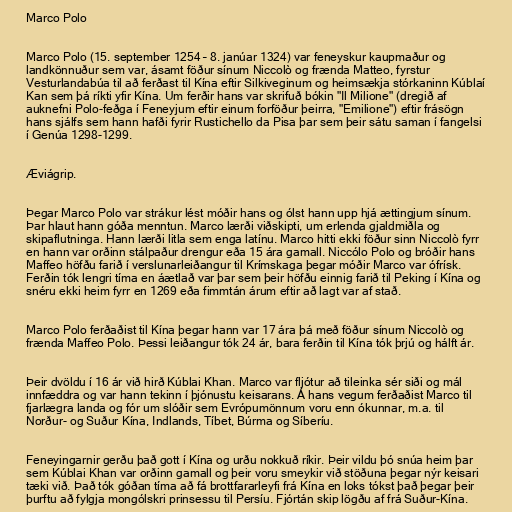
Marco Polo

Marco Polo (15. september 1254 – 8. janúar 1324) var feneyskur kaupmaður og
landkönnuður sem var, ásamt föður sínum Niccolò og frænda Matteo, fyrstur
Vesturlandabúa til að ferðast til Kína eftir Silkiveginum og heimsækja stórkaninn Kúblaí
Kan sem þá ríkti yfir Kína. Um ferðir hans var skrifuð bókin "Il Milione" (dregið af
auknefni Polo-feðga í Feneyjum eftir einum forföður þeirra, "Emilione") eftir frásögn
hans sjálfs sem hann hafði fyrir Rustichello da Pisa þar sem þeir sátu saman í fangelsi
í Genúa 1298-1299.

Æviágrip.

Þegar Marco Polo var strákur lést móðir hans og ólst hann upp hjá ættingjum sínum.
Þar hlaut hann góða menntun. Marco lærði viðskipti, um erlenda gjaldmiðla og
skipaflutninga. Hann lærði litla sem enga latínu. Marco hitti ekki föður sinn Niccolò fyrr
en hann var orðinn stálpaður drengur eða 15 ára gamall. Niccólo Polo og bróðir hans
Maffeo höfðu farið í verslunarleiðangur til Krímskaga þegar móðir Marco var ófrísk.
Ferðin tók lengri tíma en áætlað var þar sem þeir höfðu einnig farið til Peking í Kína og
snéru ekki heim fyrr en 1269 eða fimmtán árum eftir að lagt var af stað.

Marco Polo ferðaðist til Kína þegar hann var 17 ára þá með föður sínum Niccolò og
frænda Maffeo Polo. Þessi leiðangur tók 24 ár, bara ferðin til Kína tók þrjú og hálft ár.

Þeir dvöldu í 16 ár við hirð Kúblai Khan. Marco var fljótur að tileinka sér siði og mál
innfæddra og var hann tekinn í þjónustu keisarans. Á hans vegum ferðaðist Marco til
fjarlægra landa og fór um slóðir sem Evrópumönnum voru enn ókunnar, m.a. til
Norður- og Suður Kína, Indlands, Tíbet, Búrma og Síberíu.

Feneyingarnir gerðu það gott í Kína og urðu nokkuð ríkir. Þeir vildu þó snúa heim þar
sem Kúblai Khan var orðinn gamall og þeir voru smeykir við stöðuna þegar nýr keisari
tæki við. Það tók góðan tíma að fá brottfararleyfi frá Kína en loks tókst það þegar þeir
þurftu að fylgja mongólskri prinsessu til Persíu. Fjórtán skip lögðu af frá Suður-Kína.